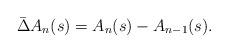
LaTeX: \begin{align*}\bar{\Delta}A_{n}(s)=A_{n}(s)-A_{n-1}(s).\end{align*}